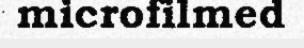
microfilmed